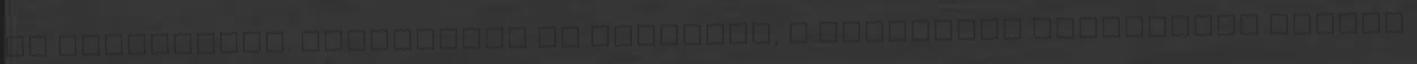
is beszéljünk. Kétségeink se legyenek, a kikerülés lehetetlen ekkora